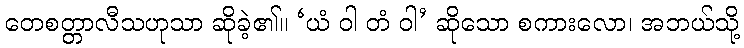
တေစတ္တာလီသဟုသာ ဆိုခဲ့၏။ ‘ယံ ဝါ တံ ဝါ’ ဆိုသော စကားလော၊ အဘယ်သို့